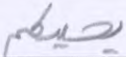
يحييكم